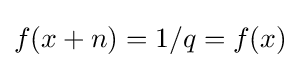
f(x+n)=1/q=f(x)